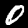
Digit: 0